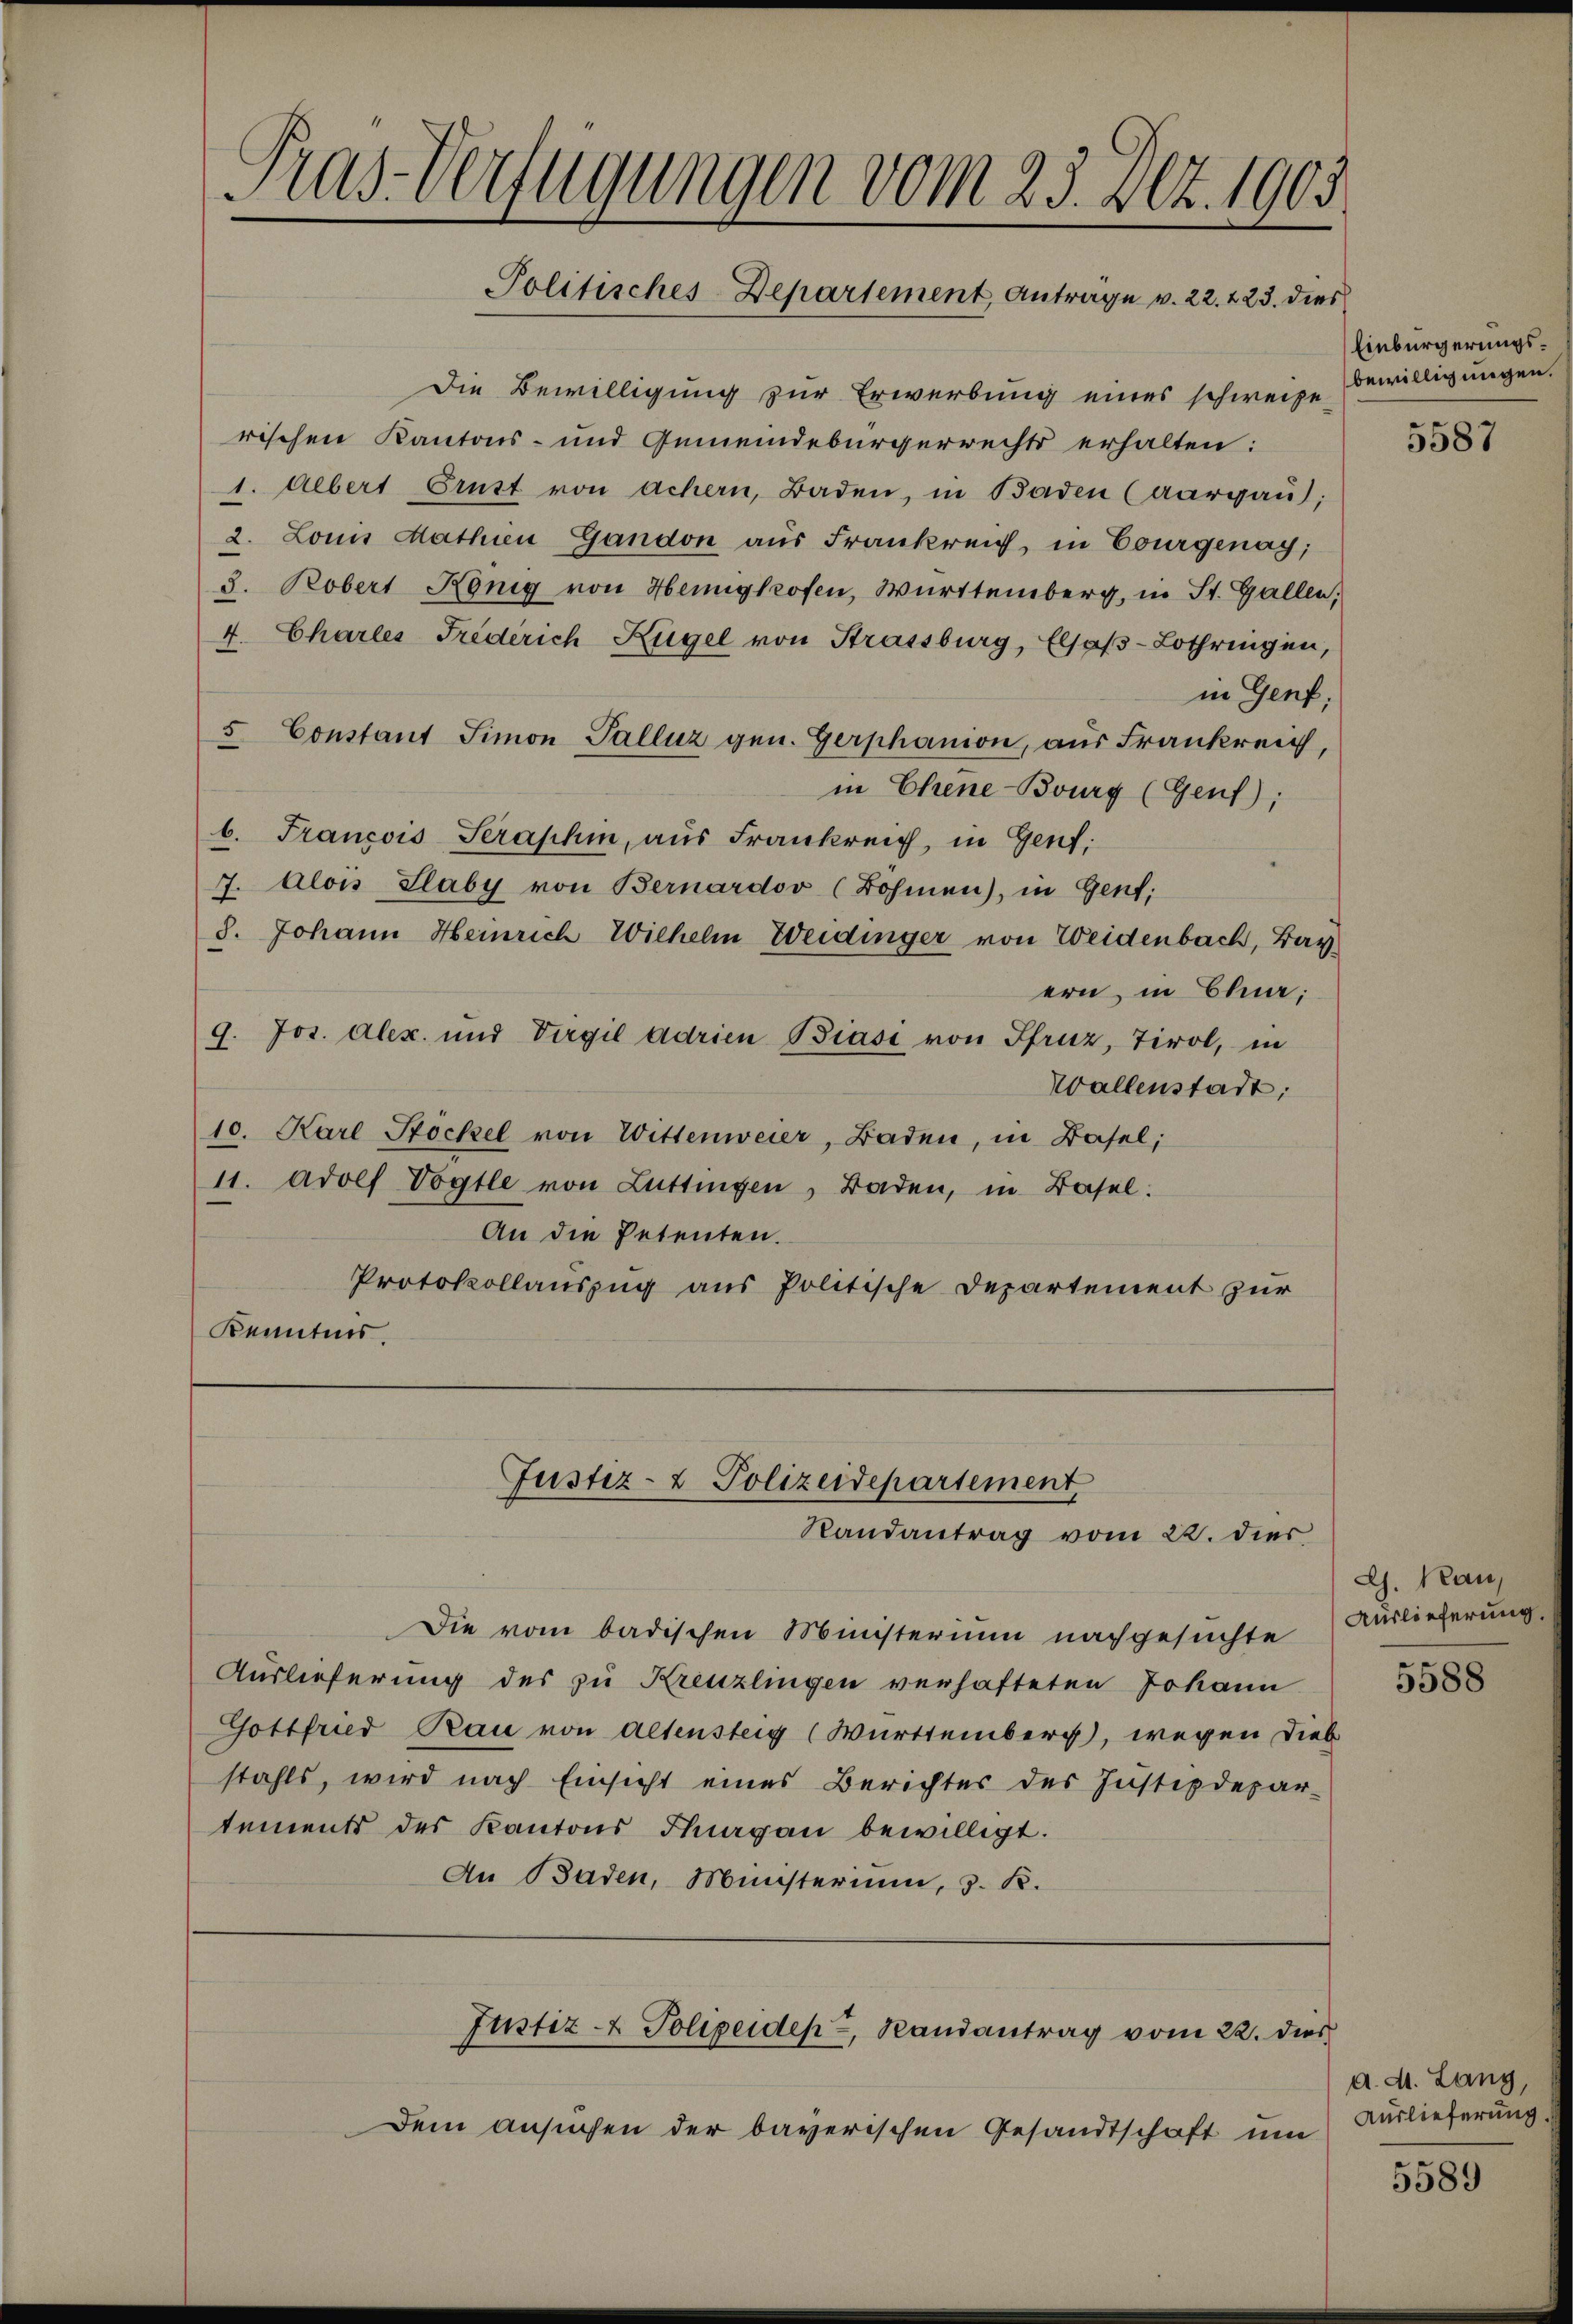
Gras-Verfügungen vom 23. 202. 1903
Politisches-Departement Anträge v. 22. 223. dies

Die Bewilligung zur Erwerbung eines schweizerischen Kantons- und Gemeindebürgerrechts erhalten:
1. Albert Ernst von achern, Baden, in Baden (Aargau;
2. Louis Mathien Gandon aus Frankreich in Courgenag;
3. Robert König von Heinigkofen, Württemberg, in St. Gallen,
4. Charles Frederich Kügel von Strassburg, Elsaβ-Lothringen,
in Genf,
5 Constant Simon Galluz gen. Gerphanion, aus Frankreich,
in Chene Bourg (Genf);
b. Francois Serashin, aus Frankreich, in Gent,
7. Alois Slaby von Bernardov (Bohmen), in Gent;
3. Johann Heinrich Wilhelm Weidinger von Weidenbach, Bay
ern, in Ehna;
9. Jos. Alex. und Virgil adrien Biasi von Pfruz, Tirol, in
Wallenstadt:
10. Karl Stockel von Wittenweier, Baden, in Basel;
11. Adolf Vogtle von Luttingen, Baden, in Basel.
An die Petenten.
Protokollauszug aus Politische Departement zur
Kenntnis.

Fustiz- & Polizeidepartement
Randantrag vom 22. dies

Die vom badischen Ministerium nachgesuchte
Auslieferung des zu Kreuzlingen verhafteten Johann
Gottfrid Rau von altensteig (Württemberg, wegen Dieb
stahls, wird nach Einsicht eines Berichter des Justizdepar-
tements des Kantons Thurgau bewilligt.
An Baden, Münsterium, 3. K.

Dem ansuchen der bayerischen Gesandtschaft um

Justiz- & Polizeiden, Randantrag vom 22. dies

Einbürgerungsbewilligungen.

5587

Ch. Kau,
Auslieferung.

5588

a. d. Lang,
Auslieferung.

5589